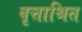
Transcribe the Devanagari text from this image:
वृत्ताश्रित